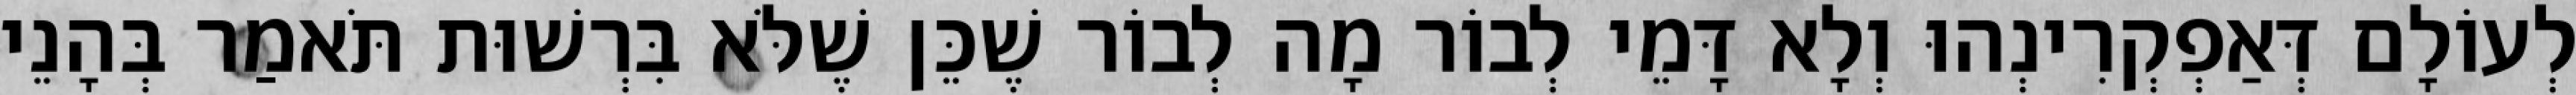
לְעוֹלָם דְּאַפְקְרִינְהוּ וְלָא דָּמֵי לְבוֹר מָה לְבוֹר שֶׁכֵּן שֶׁלֹּא בִּרְשׁוּת תֹּאמַר בְּהָנֵי